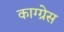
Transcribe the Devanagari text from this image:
काग्ग्रेस